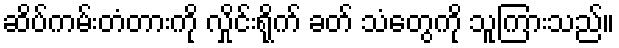
ဆိပ်ကမ်းတံတားကို လှိုင်းရိုက် ခတ် သံတွေကို သူကြားသည်။